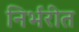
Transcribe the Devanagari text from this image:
निर्भरीत